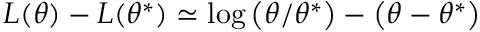
L ( \theta ) - L ( \theta ^ { * } ) \simeq \log \left( \theta / \theta ^ { * } \right) - \left( \theta - \theta ^ { * } \right)